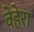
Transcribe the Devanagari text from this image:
बेहेरा